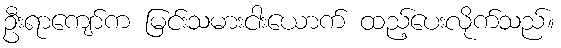
ဦးရာကျော်က မြင်းသမားငါးယောက် ထည့်ပေးလိုက်သည်။